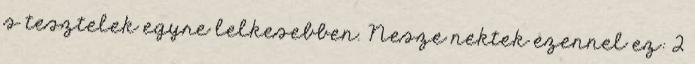
s tesztelek egyre lelkesebben. Nesze nektek ezennel ez: 2